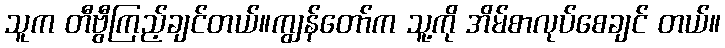
သူက တီဗွီကြည့်ချင်တယ်။ကျွန်တော်က သူ့ကို အိမ်စာလုပ်စေချင် တယ်။